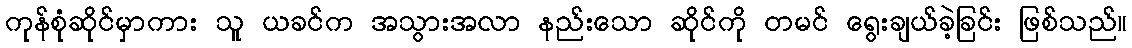
ကုန်စုံဆိုင်မှာကား သူ ယခင်က အသွားအလာ နည်းသော ဆိုင်ကို တမင် ရွေးချယ်ခဲ့ခြင်း ဖြစ်သည်။